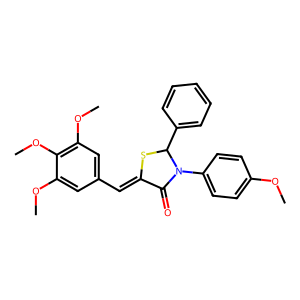
SMILES: COc1ccc(N2C(=O)C(=Cc3cc(OC)c(OC)c(OC)c3)SC2c2ccccc2)cc1
Inhibits HIV replication: No